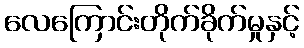
လေကြောင်းတိုက်ခိုက်မှုနှင့်